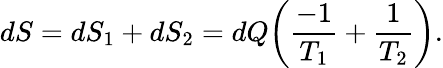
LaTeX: dS=dS_{1}+dS_{2}=dQ\bigg({\frac{-1}{T_{1}}}+{\frac{1}{T_{2}}}\bigg).